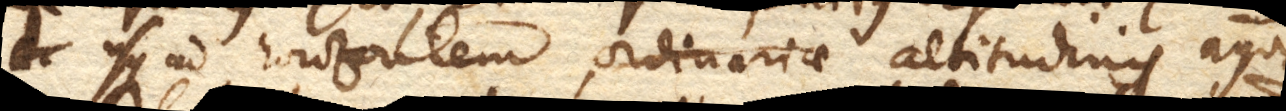
usque ad horizontem ordinariae altitudinis aquae